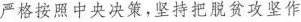
严格按照中央决策，坚持把脱贫攻坚作